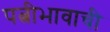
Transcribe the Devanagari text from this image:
पत्नीभावाची